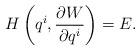
LaTeX: \begin{align*}H\left(q^i,\frac{\partial W}{\partial q^i}\right)=E. \end{align*}